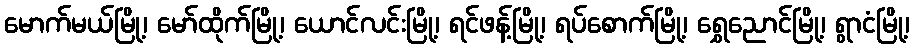
မောက်မယ်မြို့၊ မော်ထိုက်မြို့၊ ယောင်လင်းမြို့၊ ရင်ဖန့်မြို့၊ ရပ်စောက်မြို့၊ ရွှေညောင်မြို့၊ ရွာငံမြို့၊